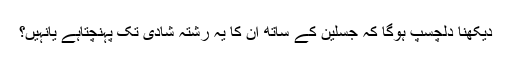
دیکھنا دلچسپ ہوگا کہ جسلین کے ساتھ ان کا یہ رشتہ شادی تک پہنچتاہے یانہیں؟